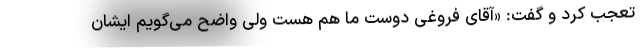
تعجب کرد و گفت: «آقای فروغی دوست ما هم هست ولی واضح می‌گویم ایشان